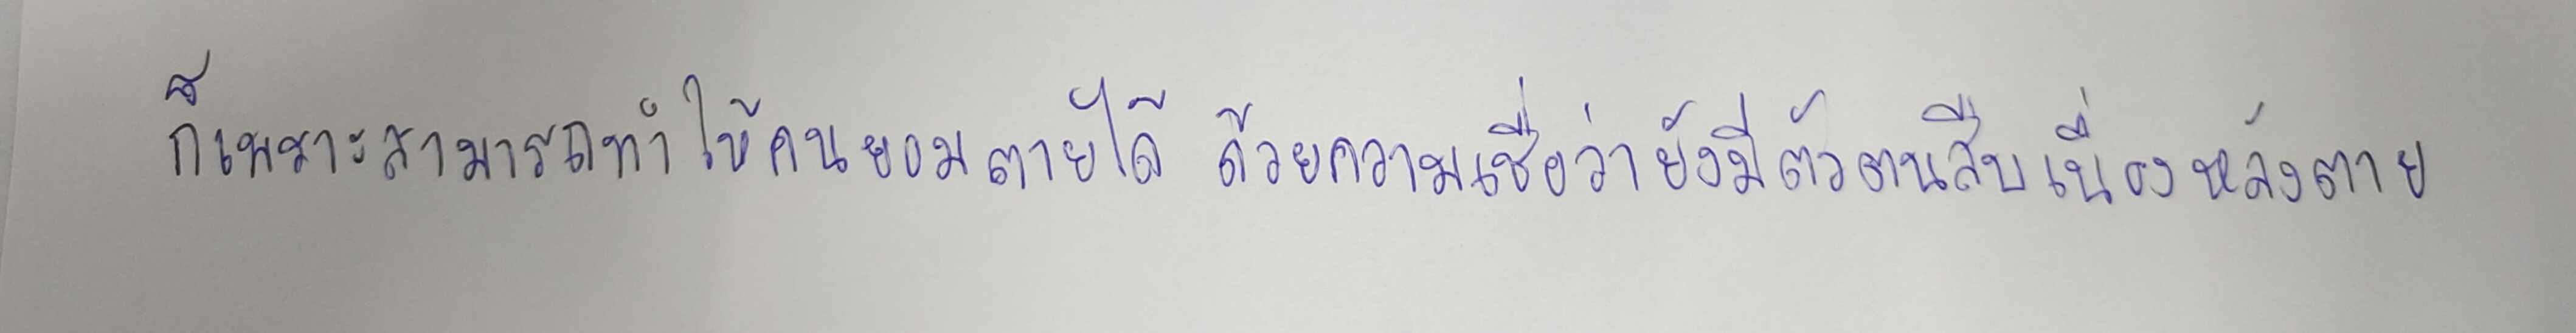
ก็เพราะสามารถทำให้คนยอมตายได้ด้วยความเชื่อว่ายังมีตัวตนสืบเนื่องหลังตาย